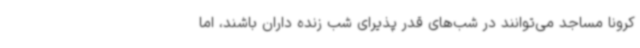
کرونا مساجد می‌توانند در شب‌های قدر پذیرای شب زنده داران باشند، اما